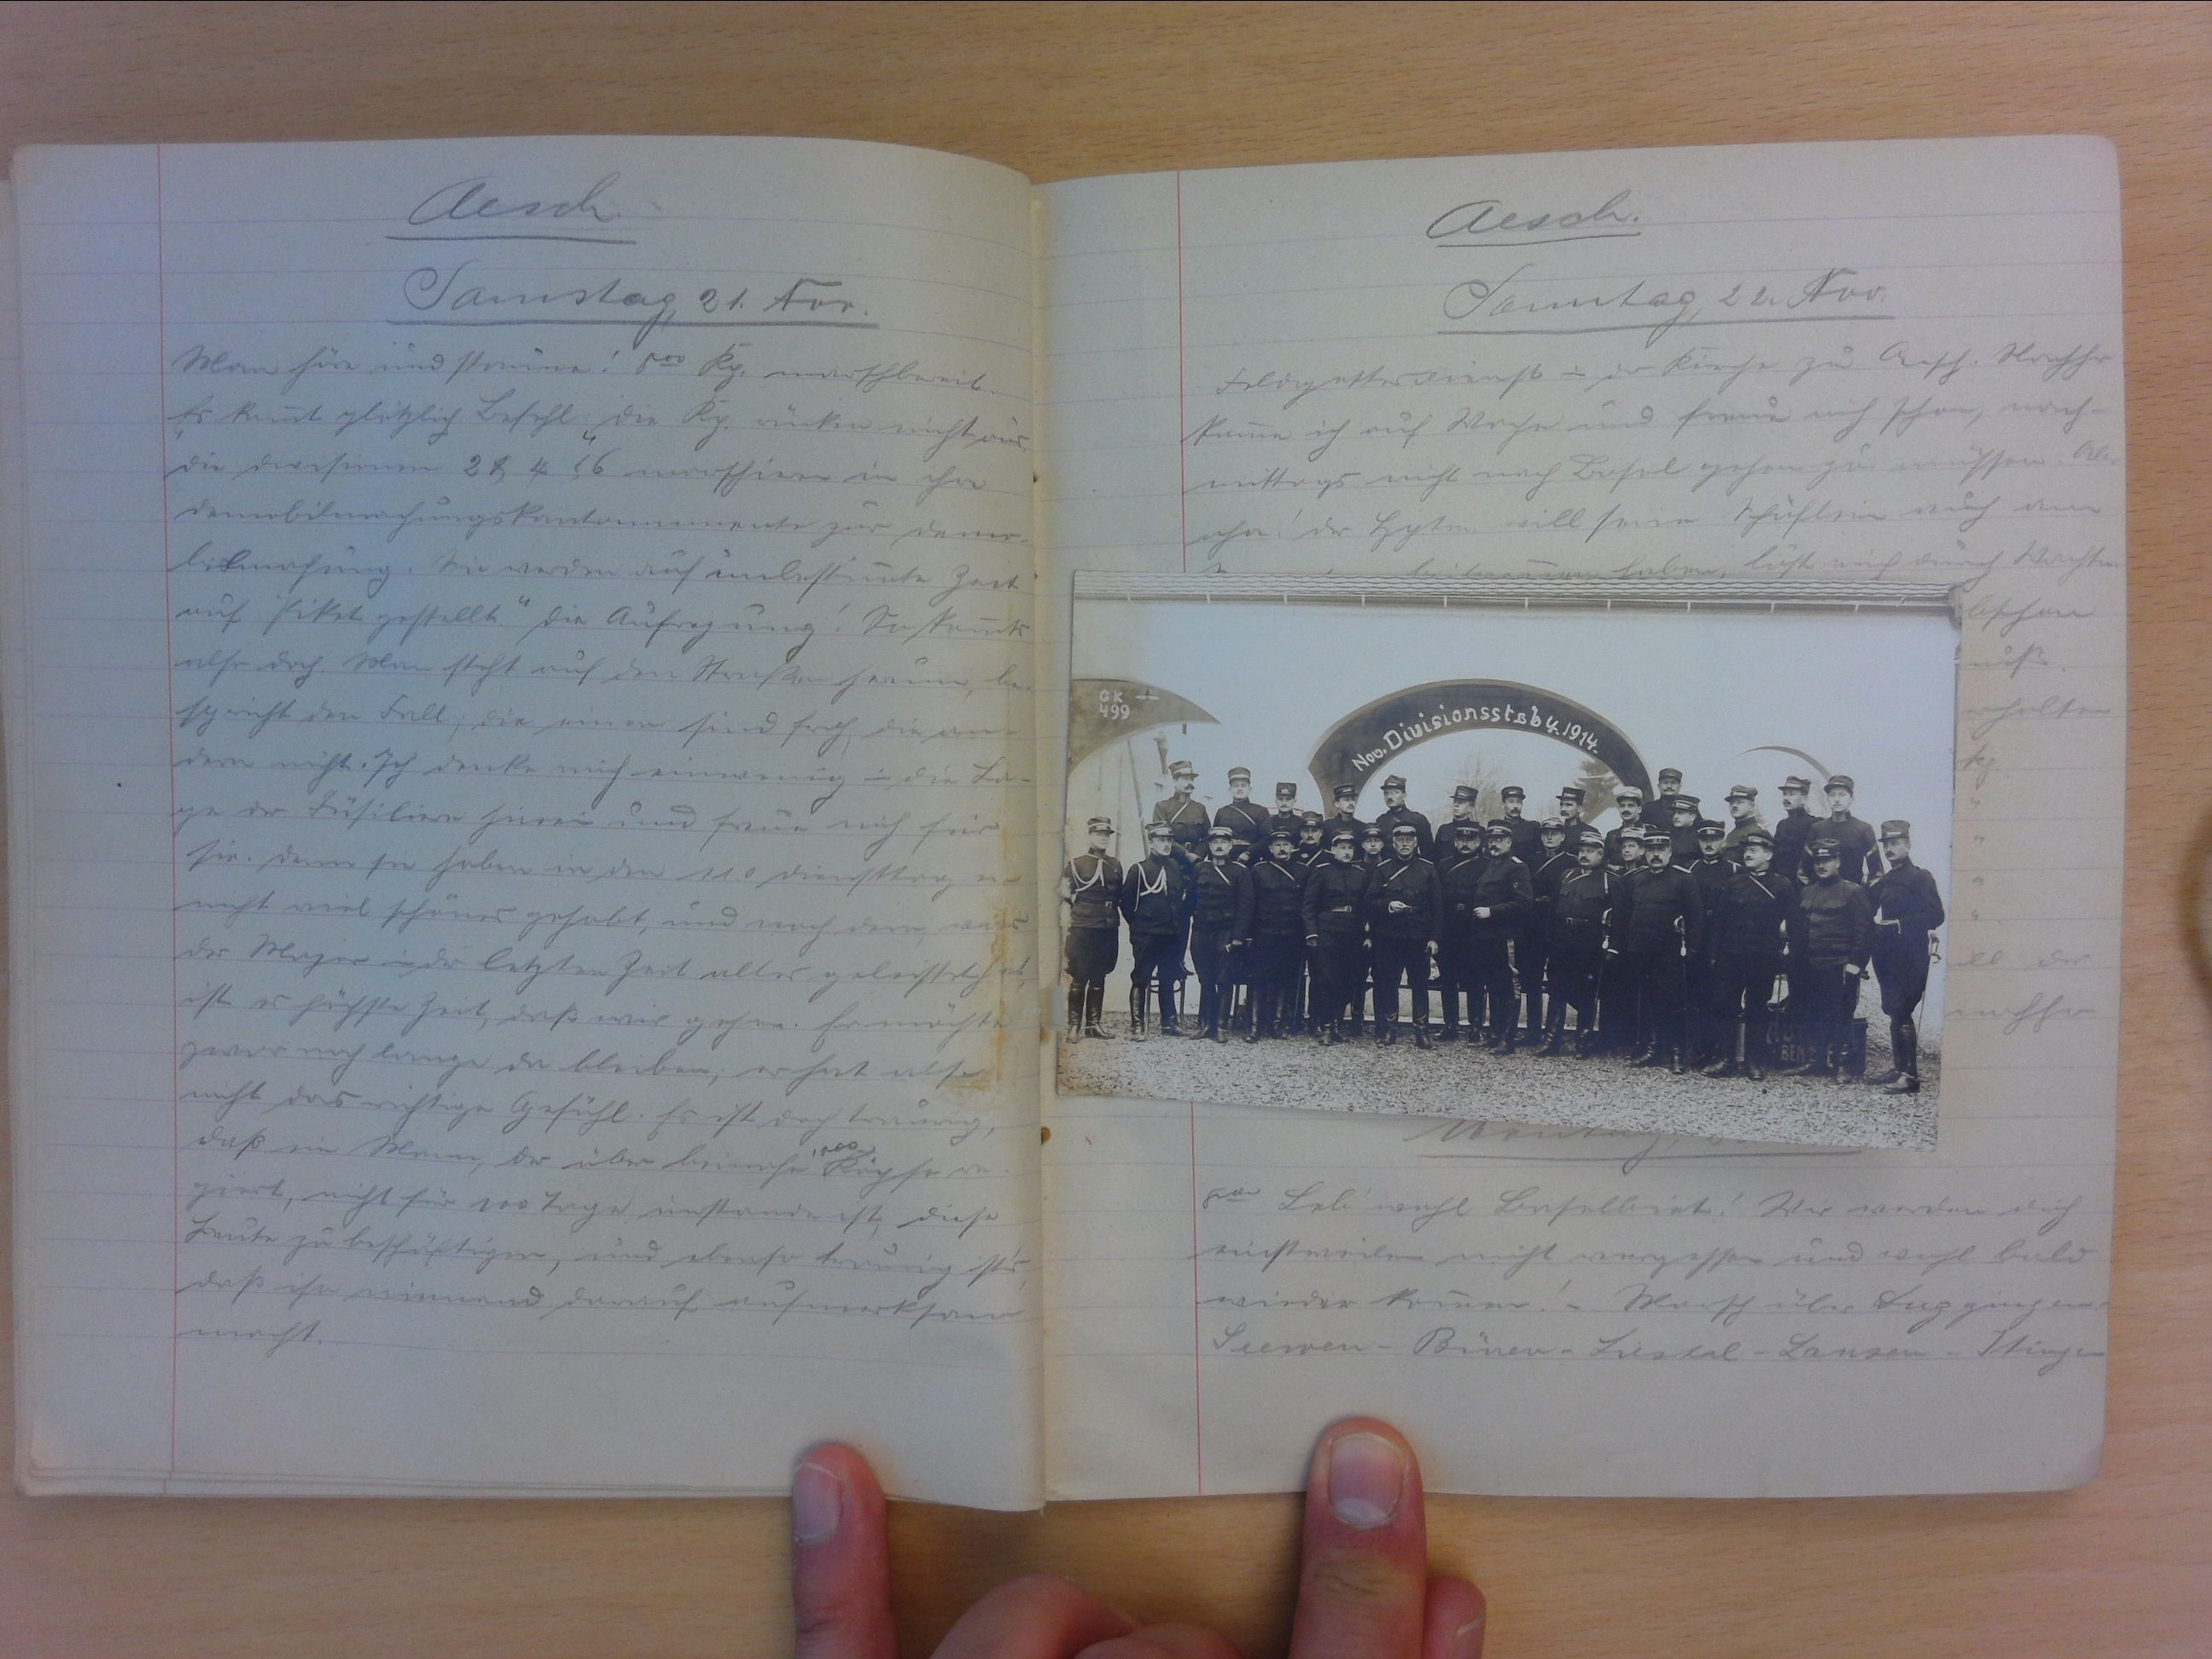
Aesch
Samstag, 21. Nov.
Man höre und staune!. 800 Kp. marschbereit.
Es kommt plötzlich Befehl "die Kp. rücken nicht aus
die Divisionen 2 & 4 & 6 marschieren in ihre
Demobilmachungskantonnemente zur De-
mobilmachung. Sie werden auf unbestimmte Zeit
auf Pikett gestellt." Die Aufregung! So kommt's
also doch. Man steht auf dem Strassen herum, bei-
spricht den Fall; die einem sind froh, die an-
der nicht. Ich denke noch einwenig in die La-
ge der Füsiliern hinein und freue mich für
sie. Denn sie haben in den 110 Diensttagen
nicht viel schönes gehabt, und auch dann was
der Major in der letzten Zeit alles geleistet hat,
ist es höchste Zeit, dass wir gehen. Er möchte
zwar noch lange da bleiben; er hat also
nicht das richtige Gefühl. Es ist doch traurig
dass ein Mann der über beinahe
1000
Köpfe re-
giert, nicht für 100 Tage instande ist, dieser
Leute zu beschäftigen, und ebenso traurig ist's,
dass ihn niemand darauf aufmerksamen.
macht.